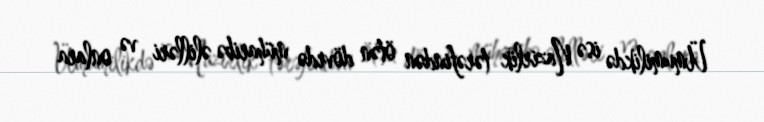
Ümumilikdə isə Nazirlik tərəfindən ötən dövrdə müharibə əlilləri və onlara